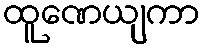
ထူဏေယျကာ